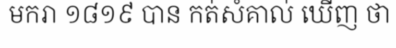
មករា ១៨១៩ បាន កត់សំគាល់ ឃើញ ថា